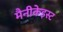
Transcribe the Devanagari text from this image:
मैनीकेइस्ट